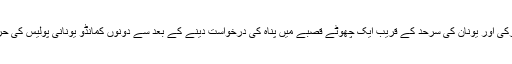
گذشتہ ہفتے ترکی اور یونان کی سرحد کے قریب ایک چھوٹے قصبے میں پناہ کی درخواست دینے کے بعد سے دونوں کمانڈو یونانی پولیس کی حراست میں ہیں۔